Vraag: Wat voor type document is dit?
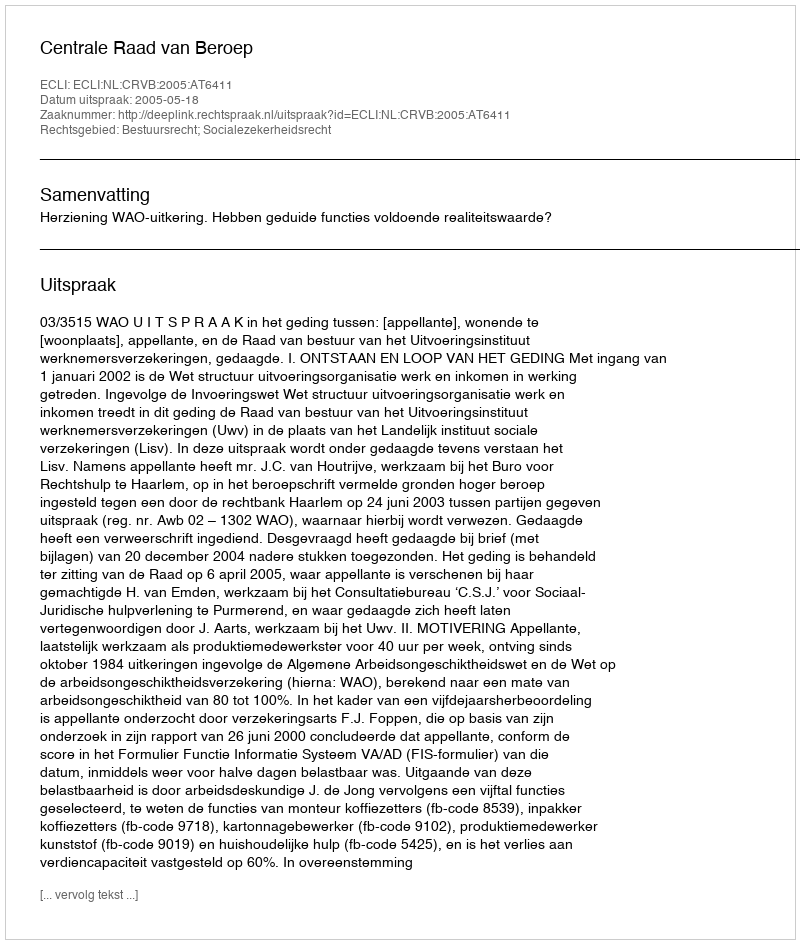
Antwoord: Uitspraak